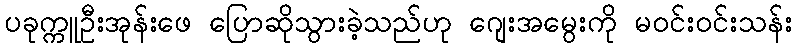
ပခုက္ကူဦးအုန်းဖေ ပြောဆိုသွားခဲ့သည်ဟု ဂျေးအမွေးကို မဝင်းဝင်းသန်း